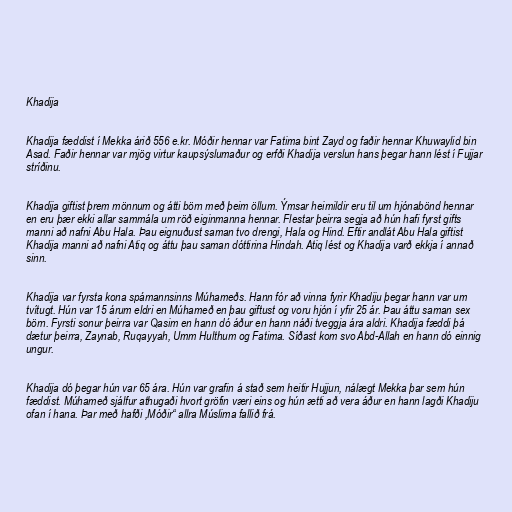
Khadija

Khadija fæddist í Mekka árið 556 e.kr. Móðir hennar var Fatima bint Zayd og faðir hennar Khuwaylid bin
Asad. Faðir hennar var mjög virtur kaupsýslumaður og erfði Khadija verslun hans þegar hann lést í Fujjar
stríðinu.

Khadija giftist þrem mönnum og átti börn með þeim öllum. Ýmsar heimildir eru til um hjónabönd hennar
en eru þær ekki allar sammála um röð eiginmanna hennar. Flestar þeirra segja að hún hafi fyrst gifts
manni að nafni Abu Hala. Þau eignuðust saman tvo drengi, Hala og Hind. Eftir andlát Abu Hala giftist
Khadija manni að nafni Atiq og áttu þau saman dóttirina Hindah. Atiq lést og Khadija varð ekkja í annað
sinn.

Khadija var fyrsta kona spámannsinns Múhameðs. Hann fór að vinna fyrir Khadiju þegar hann var um
tvítugt. Hún var 15 árum eldri en Múhameð en þau giftust og voru hjón í yfir 25 ár. Þau áttu saman sex
börn. Fyrsti sonur þeirra var Qasim en hann dó áður en hann náði tveggja ára aldri. Khadija fæddi þá
dætur þeirra, Zaynab, Ruqayyah, Umm Hulthum og Fatima. Síðast kom svo Abd-Allah en hann dó einnig
ungur.

Khadija dó þegar hún var 65 ára. Hún var grafin á stað sem heitir Hujjun, nálægt Mekka þar sem hún
fæddist. Múhameð sjálfur athugaði hvort gröfin væri eins og hún ætti að vera áður en hann lagði Khadiju
ofan í hana. Þar með hafði ,Móðir“ allra Múslima fallið frá.